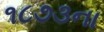
૧૮૭૩ના